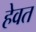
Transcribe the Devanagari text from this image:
हेवत